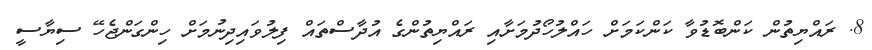
8. ރައްޔިތުން ކަންބޮޑުވާ ކަންކަމަށް ހައްލުހޯދުމަށާއި ރައްޔިތުންގެ އުދާސްތައް ފިލުވައިދިނުމަށް ހިންގަންޖެހޭ ސިޔާސީ